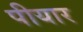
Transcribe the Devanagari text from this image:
पीयार